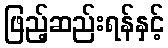
ဖြည့်ဆည်းရန်နှင့်